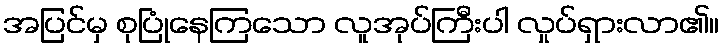
အပြင်မှ စုပြုံနေကြသော လူအုပ်ကြီးပါ လှုပ်ရှားလာ၏။